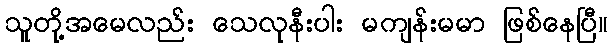
သူတို့အမေလည်း သေလုနီးပါး မကျန်းမမာ ဖြစ်နေပြီ။